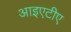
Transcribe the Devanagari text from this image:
आइएटीए